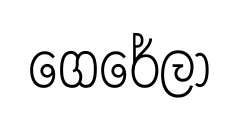
ගෙරේලා